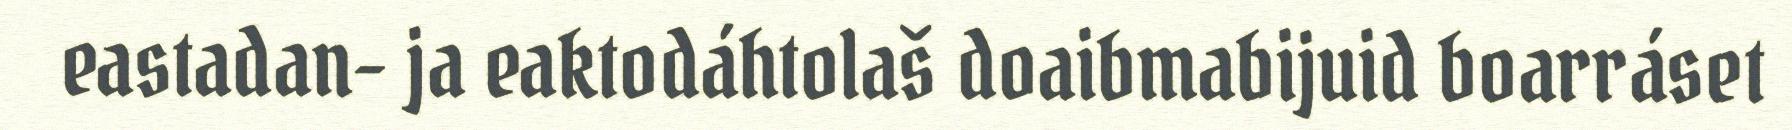
eastadan- ja eaktodáhtolaš doaibmabijuid boarráset